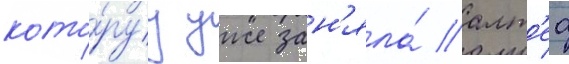
кото́руу уже зан'яла́ алт'еа